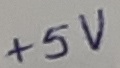
Text: +5V